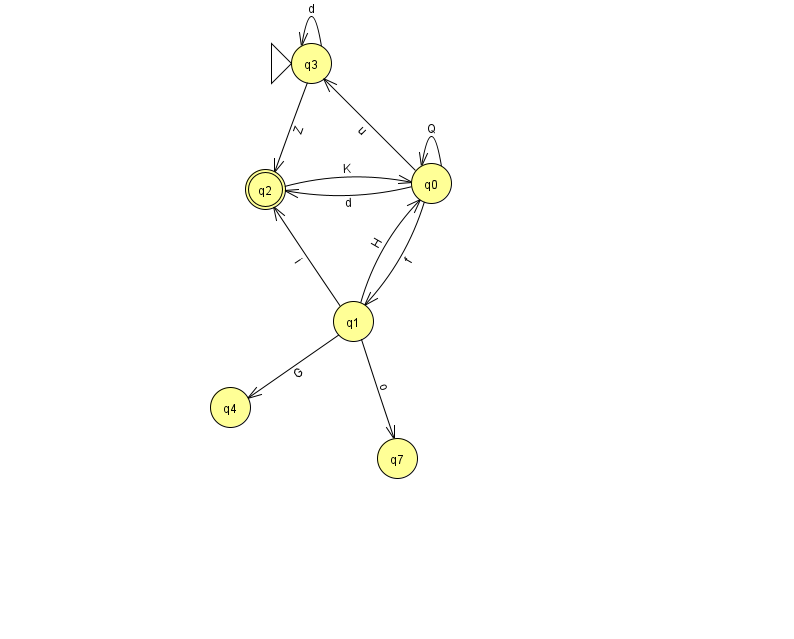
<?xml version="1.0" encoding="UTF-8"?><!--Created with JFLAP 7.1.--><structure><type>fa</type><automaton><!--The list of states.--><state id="0" name="q0"><x>431.0</x><y>170.0</y></state><state id="1" name="q1"><x>353.0</x><y>308.0</y></state><state id="2" name="q2"><x>265.0</x><y>176.0</y><final/></state><state id="3" name="q3"><x>311.0</x><y>50.0</y><initial/></state><state id="4" name="q4"><x>230.0</x><y>394.0</y></state><state id="7" name="q7"><x>397.0</x><y>445.0</y></state><!--The list of transitions.--><transition><from>0</from><to>0</to><read>Q</read></transition><transition><from>3</from><to>2</to><read>Z</read></transition><transition><from>1</from><to>4</to><read>G</read></transition><transition><from>1</from><to>0</to><read>H</read></transition><transition><from>3</from><to>3</to><read>d</read></transition><transition><from>0</from><to>2</to><read>d</read></transition><transition><from>1</from><to>2</to><read>i</read></transition><transition><from>2</from><to>0</to><read>K</read></transition><transition><from>0</from><to>1</to><read>f</read></transition><transition><from>0</from><to>3</to><read>u</read></transition><transition><from>1</from><to>7</to><read>o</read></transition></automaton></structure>